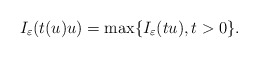
\begin{align*}I_\varepsilon(t(u)u)=\max \{I_\varepsilon(tu), t>0\}.\end{align*}